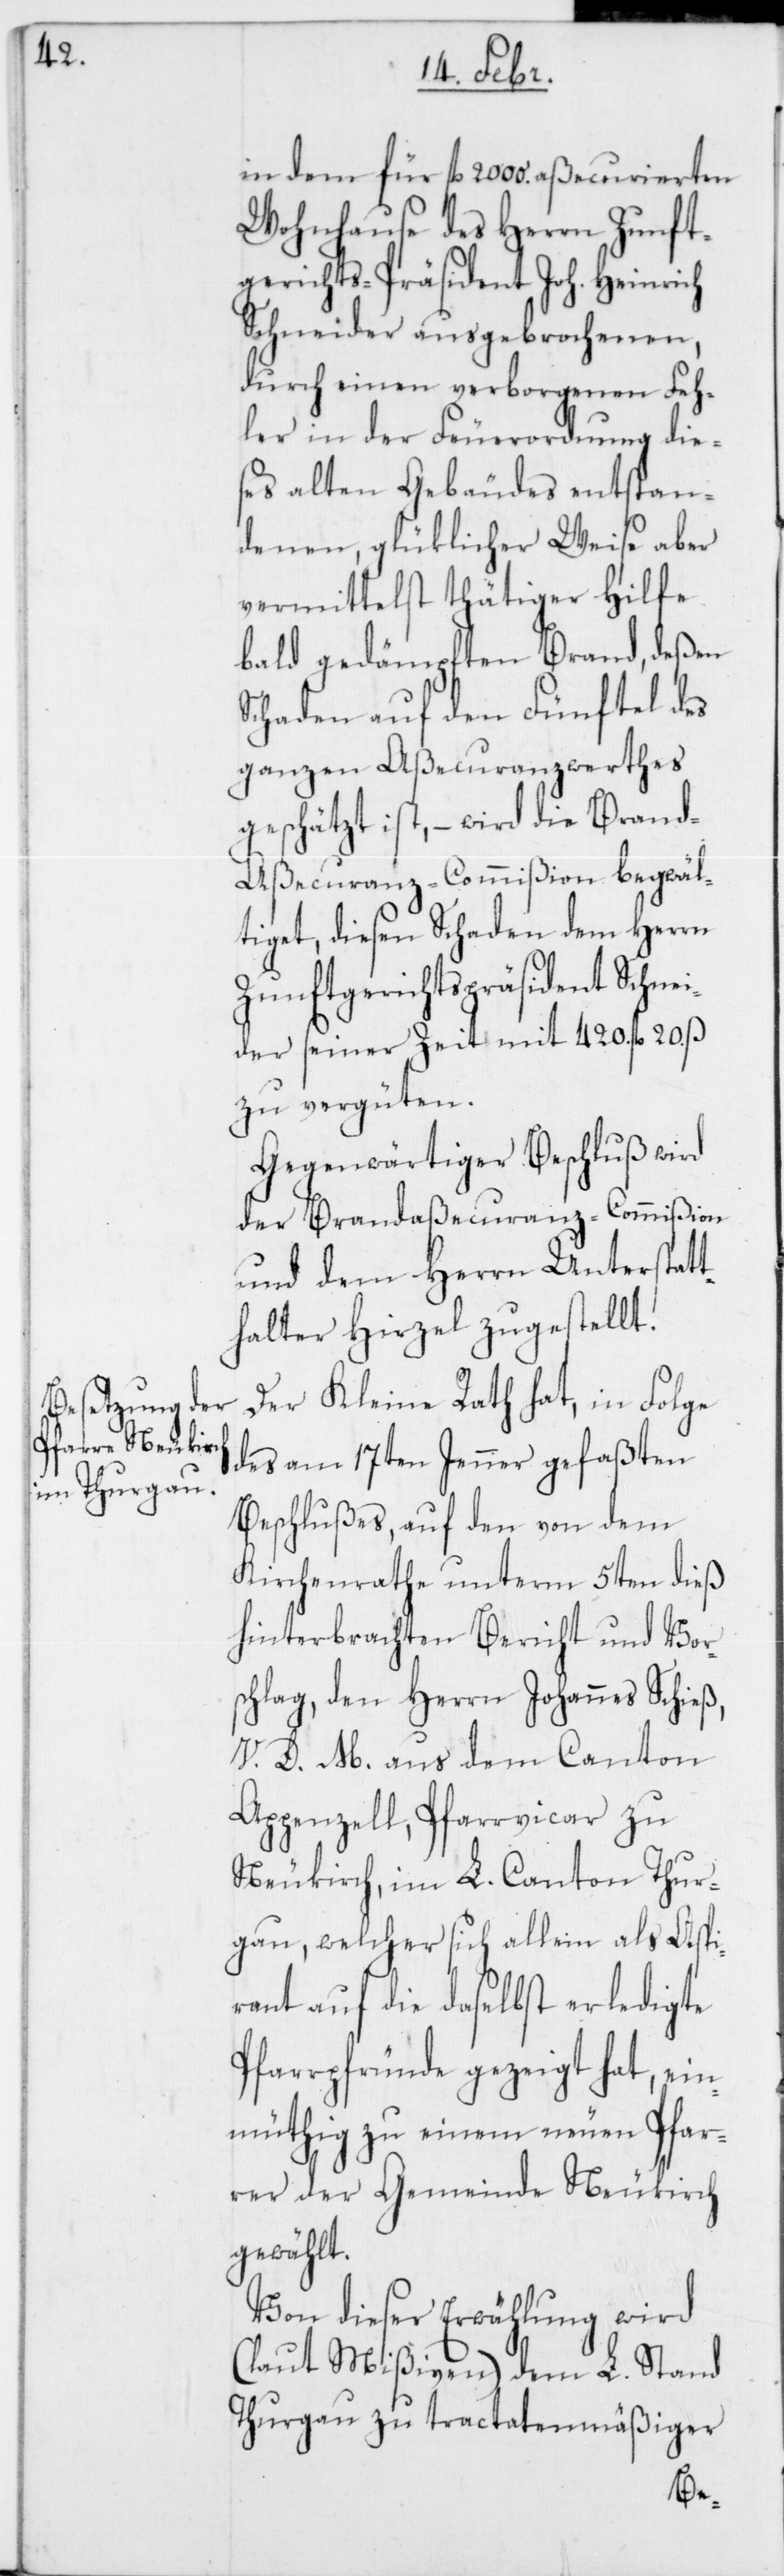
in dem für fl. 2000. aßecurierten
Wohnhause des Herrn Zunft¬
gerichts-Präsident Joh. Heinrich
Schneider ausgebrochenen,
durch einen verborgenen Feh¬
ler in der Feuerordnung die¬
ses alten Gebäudes entstan¬
denen, glüklicher Weise aber
vermittelst thätiger Hilfe
bald gedämpften Brand, deßen
Schaden auf den Fünftel des
ganzen Aßecuranzwerthes
geschätzt ist, – wird die Brand¬
aßecuranz-Commißion begwäl¬
tiget, diesen Schaden dem Herrn
Zunftgerichtspräsident Schnei¬
der seiner Zeit mit 420. fl. 20. ß
zu vergüten.
Gegenwärtiger Beschluß wird
der Brandaßecuranz-Commißion
und dem Herrn Unterstatt¬
halter Hirzel zugestellt.
Der Kleine Rath hat, in Folge
des am 17ten Jenner gefaßten
Beschlußes, auf den von dem
Kirchenrathe unterm 5ten dieß
hinterbrachten Bericht und Vor¬
schlag, den Herrn Johannes Schieß,
V. D. M. aus dem Canton
Appenzell, Pfarrvicar zu
Neukirch im L. Canton Thur¬
gau, welcher sich allein als Aspi¬
rant auf die daselbst erledigte
Pfarrpfründe gezeigt hat, ein¬
müthig zu einem neuen Pfar¬
rer der Gemeinde Neukirch
gewählt.
Von dieser Erwählung wird
(laut Mißiven) dem L. Stand
Thurgau zu tractatenmäßiger